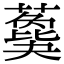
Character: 𦿙